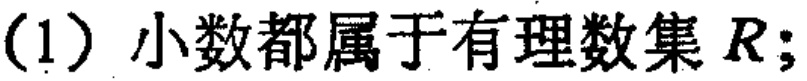
(1) 小数都属于有理数集 \(R\);